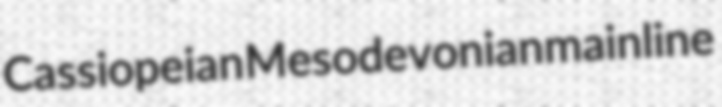
Cassiopeian Mesodevonian mainline